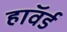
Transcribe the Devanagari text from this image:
हाॅवर्ड